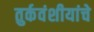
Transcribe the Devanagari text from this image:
तुर्कवंशीयांचे